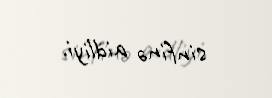
sinfinə aidliyi.